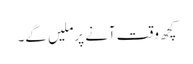
کچھ وقت آنے پرملیں گے۔